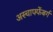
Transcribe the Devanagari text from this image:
अस्चाफ्फेंबर्ग